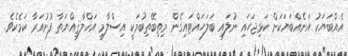
އެއްބަޔަކު އަނެއްބަޔަކަށް ކަޅިޖަހައި ނުލައި ބަލަހައްޓައިގެން މިތިބޭތިބުމަކީ އިސްލާމީ އަޚްލާޤިއްޔަތާ ފުށުއަރާ ކަމެކެވެ.